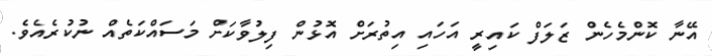
އޭނާ ކޮންމެހެން ޒަލަފް ކައިރީ އަހައި އިތުރަށް އޮޅުން ފިލުވާކަށް މަސައްކަތެއް ނުކުރެއެވެ.